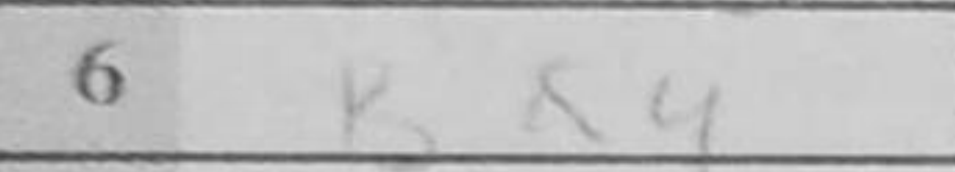
Transcription: Ba4